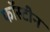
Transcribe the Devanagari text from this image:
फॉस्टीन